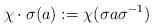
LaTeX: \begin{align*} \chi\cdot \sigma(a):= \chi(\sigma a\sigma^{-1})\end{align*}